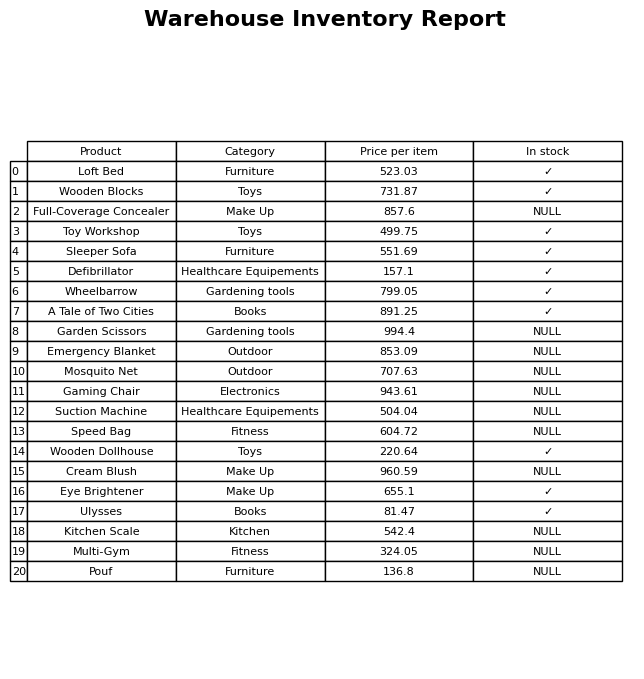
question: What is the price for Speed Bag?
answer: The price of Speed Bag is 604.72.